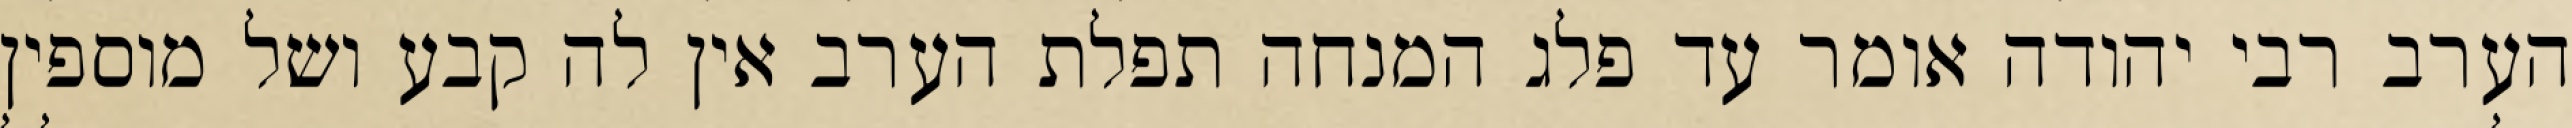
הערב רבי יהודה אומר עד פלג המנחה תפלת הערב אין לה קבע ושל מוספין